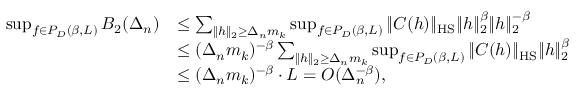
\begin{array} { r l } { \operatorname* { s u p } _ { f \in { \cal P } _ { D } ( \beta , L ) } B _ { 2 } ( \Delta _ { n } ) } & { \le \sum _ { \| h \| _ { 2 } \ge \Delta _ { n } m _ { k } } \operatorname* { s u p } _ { f \in { \cal P } _ { D } ( \beta , L ) } \| C ( h ) \| _ { \mathrm { H S } } \| h \| _ { 2 } ^ { \beta } \| h \| _ { 2 } ^ { - \beta } } \\ & { \le ( \Delta _ { n } m _ { k } ) ^ { - \beta } \sum _ { \| h \| _ { 2 } \ge \Delta _ { n } m _ { k } } \operatorname* { s u p } _ { f \in { \cal P } _ { D } ( \beta , L ) } \| C ( h ) \| _ { \mathrm { H S } } \| h \| _ { 2 } ^ { \beta } } \\ & { \le ( \Delta _ { n } m _ { k } ) ^ { - \beta } \cdot L = { \cal O } ( \Delta _ { n } ^ { - \beta } ) , } \end{array}